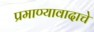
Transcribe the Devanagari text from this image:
प्रमाण्यावादाचे